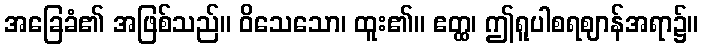
အခြေခံ၏ အဖြစ်သည်။ ဝိသေသော၊ ထူး၏။ ဧတ္ထ၊ ဤရူပါစရဈာန်အရာ၌။